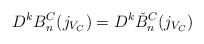
LaTeX: \begin{align*} D^{k} B^C_n(j_{V_C}) = D^{k} \check{B}^C_n(j_{V_C})\end{align*}